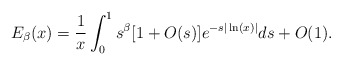
\begin{align*} E_{\beta}(x)=\frac{1}{x}\int_{0}^{1}s^{\beta}[1+O(s)]e^{-s| \ln (x)|}ds+O(1).\end{align*}